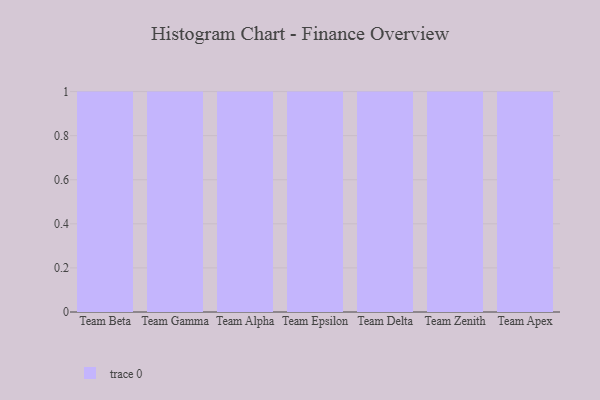
{"axis": {"x": "Team", "y": "Budget (USD K)"}, "legend": [""], "data": [{"x": "Team Beta", "y": 77, "type": ""}, {"x": "Team Gamma", "y": 4, "type": ""}, {"x": "Team Alpha", "y": 97, "type": ""}, {"x": "Team Epsilon", "y": 92, "type": ""}, {"x": "Team Delta", "y": 34, "type": ""}, {"x": "Team Zenith", "y": 96, "type": ""}, {"x": "Team Apex", "y": 38, "type": ""}]}